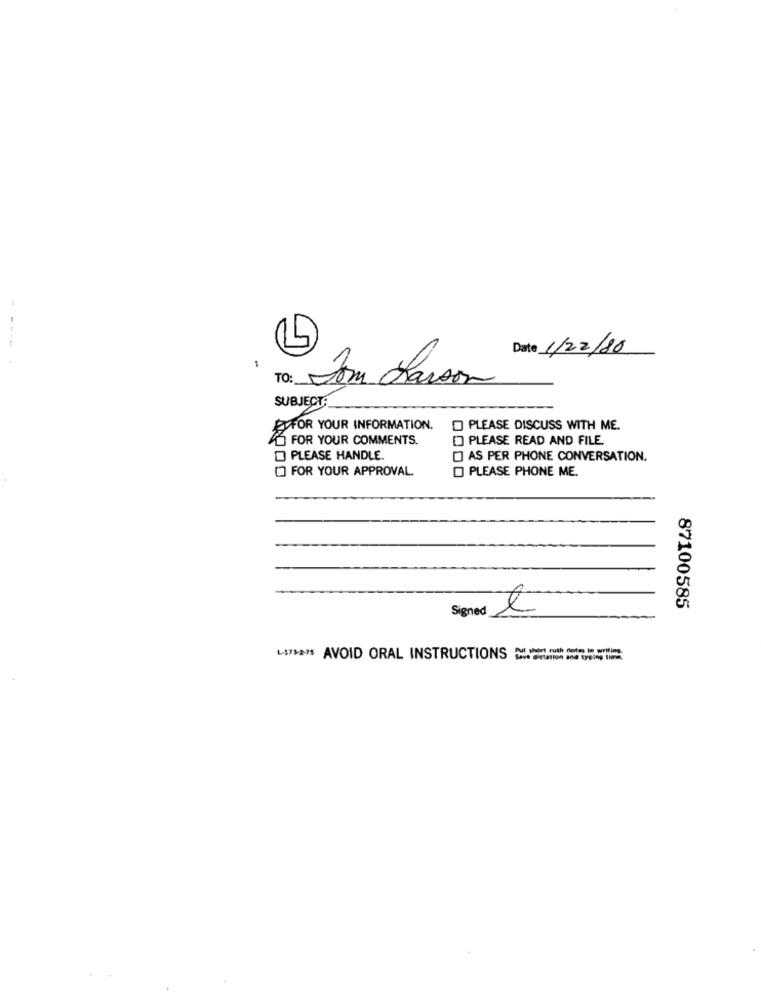
-----
Date 1/22/20
-
Som chaison
SUBJECT:
FOR YOUR INFORMATION.
PLEASE DISCUSS WITH ME.
FOR YOUR COMMENTS.
PLEASE READ AND FILE.
PLEASE HANDLE
AS PER PHONE CONVERSATION.
[] FOR YOUR APPROVAL.
PLEASE PHONE ME.
Signed
87100585
LISA'S AVOID ORAL INSTRUCTIONS >>